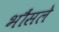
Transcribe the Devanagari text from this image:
भौंसले